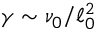
\gamma \sim \nu _ { 0 } / \ell _ { 0 } ^ { 2 }